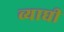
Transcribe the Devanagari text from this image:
व्याघी